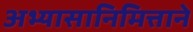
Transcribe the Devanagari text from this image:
अभ्यासानिमित्ताने